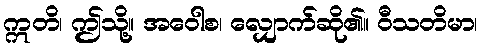
ဣတိ၊ ဤသို့။ အဝေါစ၊ လျှောက်ဆို၏။ ဝီသတိမာ၊